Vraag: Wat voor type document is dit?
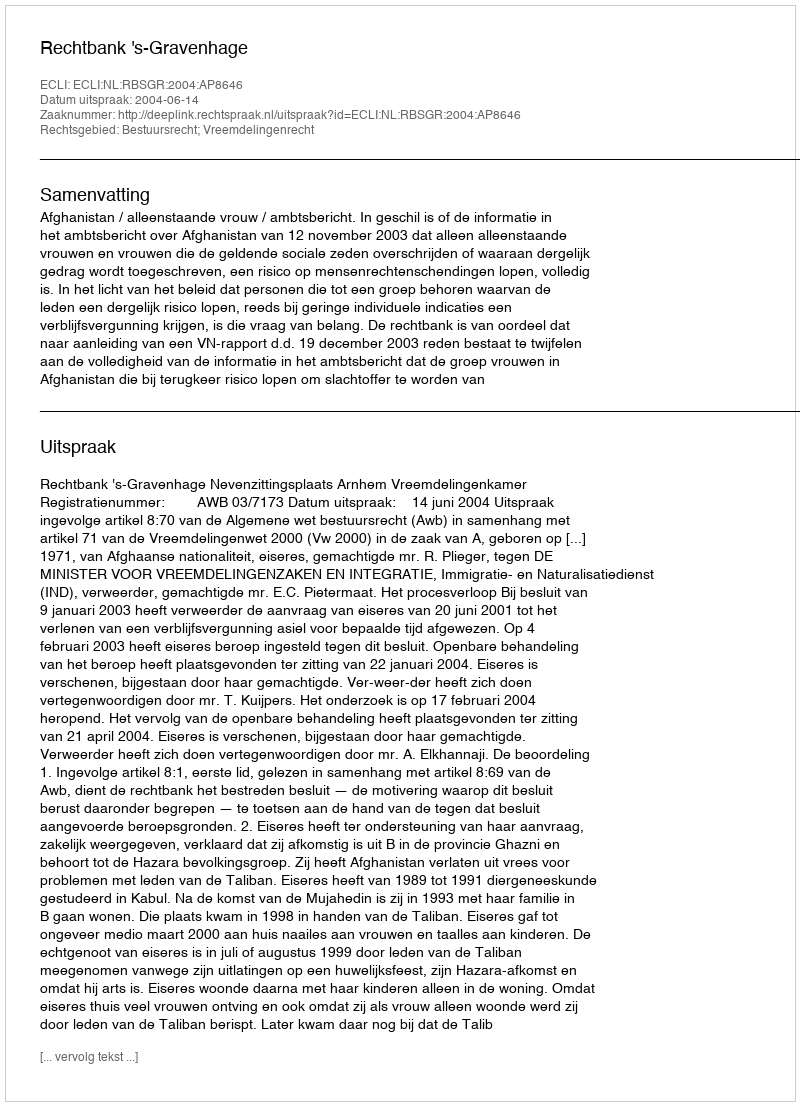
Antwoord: Uitspraak